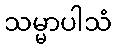
သမ္မာပါသံ